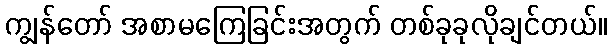
ကျွန်တော် အစာမကြေခြင်းအတွက် တစ်ခုခုလိုချင်တယ်။